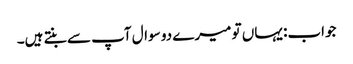
جواب: یہاں تو میرے دو سوال آپ سے بنتے ہیں۔